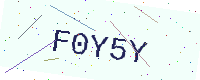
Text: F0Y5Y